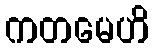
ကတမေဟိ